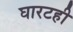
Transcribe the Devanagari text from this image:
घारटही